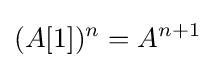
(A[1])^{n}=A^{n+1}